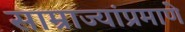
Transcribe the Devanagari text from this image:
साम्राज्यांप्रमाणे